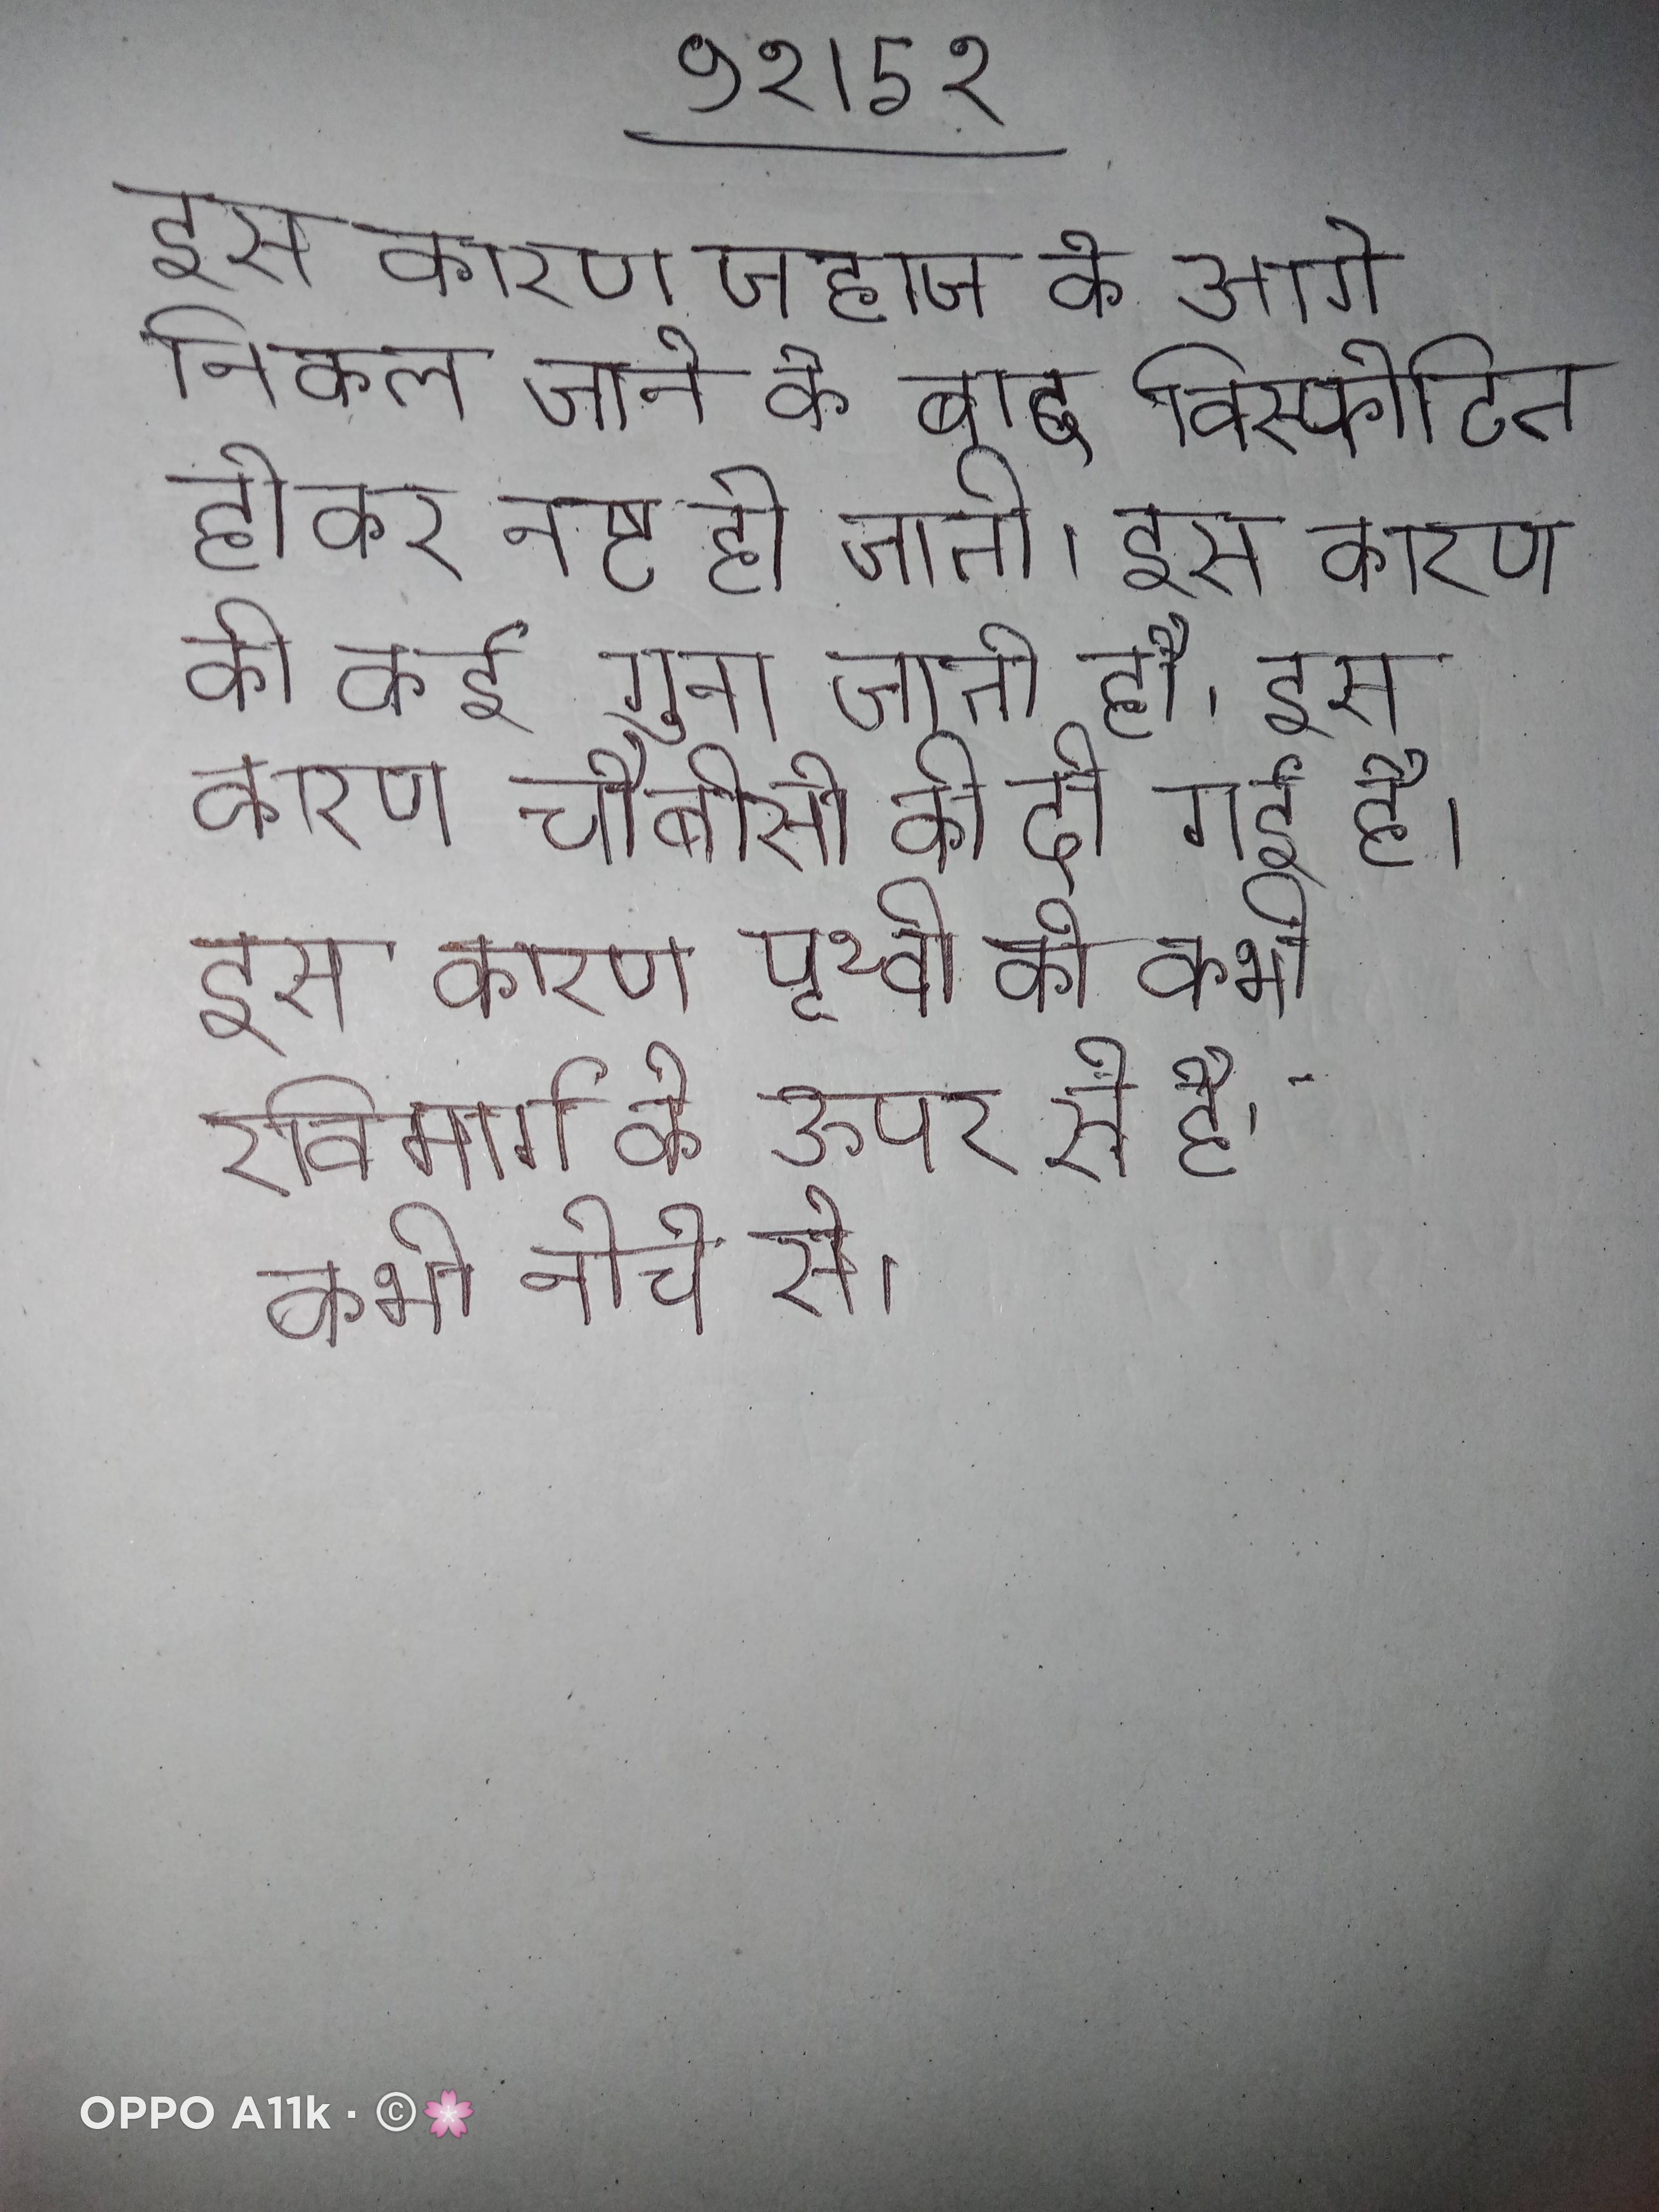
इस कारण जहाज के आगे निकल जाने के बाद विस्फोटित होकर नष्ट हो जाती । इस कारण की कई गुना जाती है । इस कारण चौबीसी की दी गई है । इस कारण पृथ्वी को कभी रविमार्ग के ऊपर से है, कभी नीचे से ।